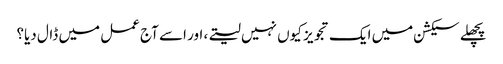
پچھلے سیکشن میں ایک تجویز کیوں نہیں لیتے، اور اسے آج عمل میں ڈال دیا؟